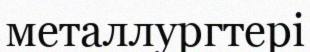
металлургтері